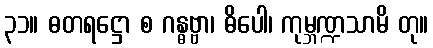
၃၁။ ဓတရဋ္ဌော စ ဂန္ဓဗ္ဗာ၊ ဓိပေါ၊ ကုမ္ဘဏ္ဍသာမိ တု။